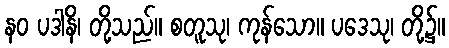
နဝ ပဒါနိ၊ တို့သည်။ စတူသု၊ ကုန်သော။ ပဒေသု၊ တို့၌။